Annual report on the lock hospitals of the Madras Presidency
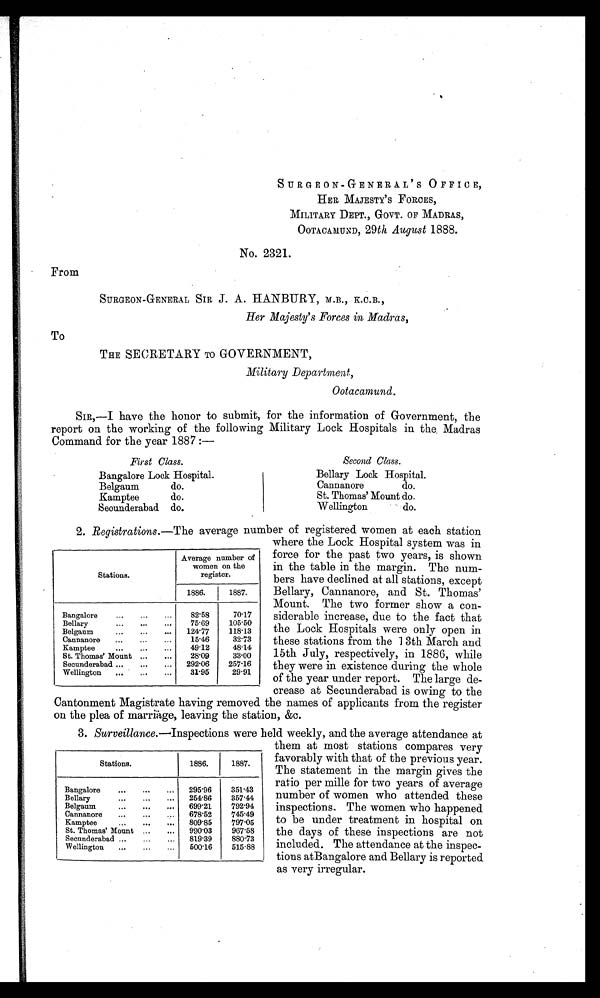
SURGEON-GENERAL ' S OFFICE,
HER MAJESTY 'S FORCES,
MILITARY DEPT., GOVT. OF MADRAS,
OOTACAMUND, 29 th August 1888.
No. 2321.
From
SURGEON-GENERAL SIR J. A. HANBURY, M.B., K.C.B.,
Her Majesty's Forces in Madras,
To
THE SECRETARY TO GOVERNMENT,
Military Department,
Ootacamund.
SIR,—I have the honor to submit, for the information of Government, the
report on the working of the following Military Lock Hospitals in the Madras
Command for the year 1887 :—
First Class.
Bangalore Lock Hospital.
Belgaum do.
Kamptee do.
Secunderabad do.
Second Class.
Bellary Lock Hospital.
Cannanore do.
St. Thomas' Mount do.
Wellington do.
2. Registrations.— The average number of registered women at each station
where the Lock Hospital system was in
force for the past two years, is shown
in the table in the margin. The num-
bers have declined at all stations, except
Bellary, Cannanore, and St. Thomas'
Mount. The two former show a con-
siderable increase, due to the fact that
the Lock Hospitals were only open in
these stations from the 13th March and
15th July, respectively, in 1886, while
they were in existence during the whole
of the year under report. The large de-
crease at Secunderabad is owing to the
Cantonment Magistrate having removed the names of applicants from the register
on the plea of marriage, leaving the station, &c.
3. Surveillance. —Inspections were held weekly, and the average attendance at
them at most stations compares very
favorably with that of the previous year.
The statement in the margin gives the
ratio per mille for two years of average
number of women who attended these
inspections. The women who happened
to be under treatment in hospital on
the days of these inspections are not
included. The attendance at the inspec-
tions atBangalore and Bellary is reported
as very irregular.
Stations.
Average number of
women on the
register.
1886.
1887.
Bangalore
... ... ...
82·58
70·17
Bellary
... ...
. . . 75·69
105·50
Belgaum
...
...
... 124·77
118·13
Cannanore ... ...
...
15·46
32·73
Kamptee
... ... ...
49·12
48·14
St. Thomas' Mount ... ...
28·09
33·00
Secunderabad ...
... ... 292.06
257·16
Wellington ... ... ...
31·95
29·91
Stations.
1886.
1887.
Bangalore
... ... ... 295·96
351·43
Bellary
... ... ... 254.86
357·44
Belgaum
... ... ... 699·21
792·94
Cannanore ...
...
678·52
745·49
Kamptee
... ... ... 809·85
797·05
St. Thomas' Mount ... ... 990·03
967·58
Secunderabad ... ... ... 819·39 880·73
Wellington ... ...
... 500·16
515·88